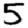
Digit: 5